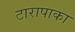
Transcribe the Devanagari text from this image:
टारापाका